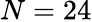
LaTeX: N=24